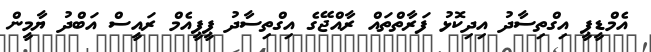
އެމްޑީޕީ އިގްތިސާދު އިދިކޮޅު ފަރާތްތައް ރާއްޖޭގެ އިގްތިސާދު ޕީޕީއެމް ރައީސް އަބްދު ޔާމީން